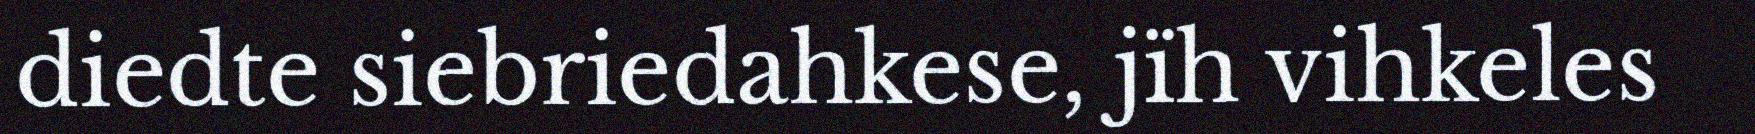
diedte siebriedahkese, jïh vihkeles